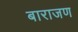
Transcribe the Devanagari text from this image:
बाराजण